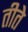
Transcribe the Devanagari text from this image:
तीते